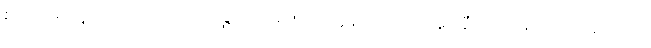
စကားမျှဖြင့်လည်းကောင်း။ အဉ္ဇလိကရဏမတ္တေန ဝါ၊ လက်အုပ်ချီကာမျှဖြင့်လည်းကောင်း။